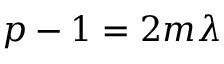
p - 1 = 2 m \lambda